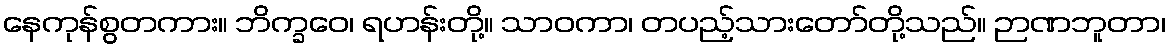
နေကုန်စွတကား။ ဘိက္ခဝေ၊ ရဟန်းတို့။ သာဝကာ၊ တပည့်သားတော်တို့သည်။ ဉာဏဘူတာ၊